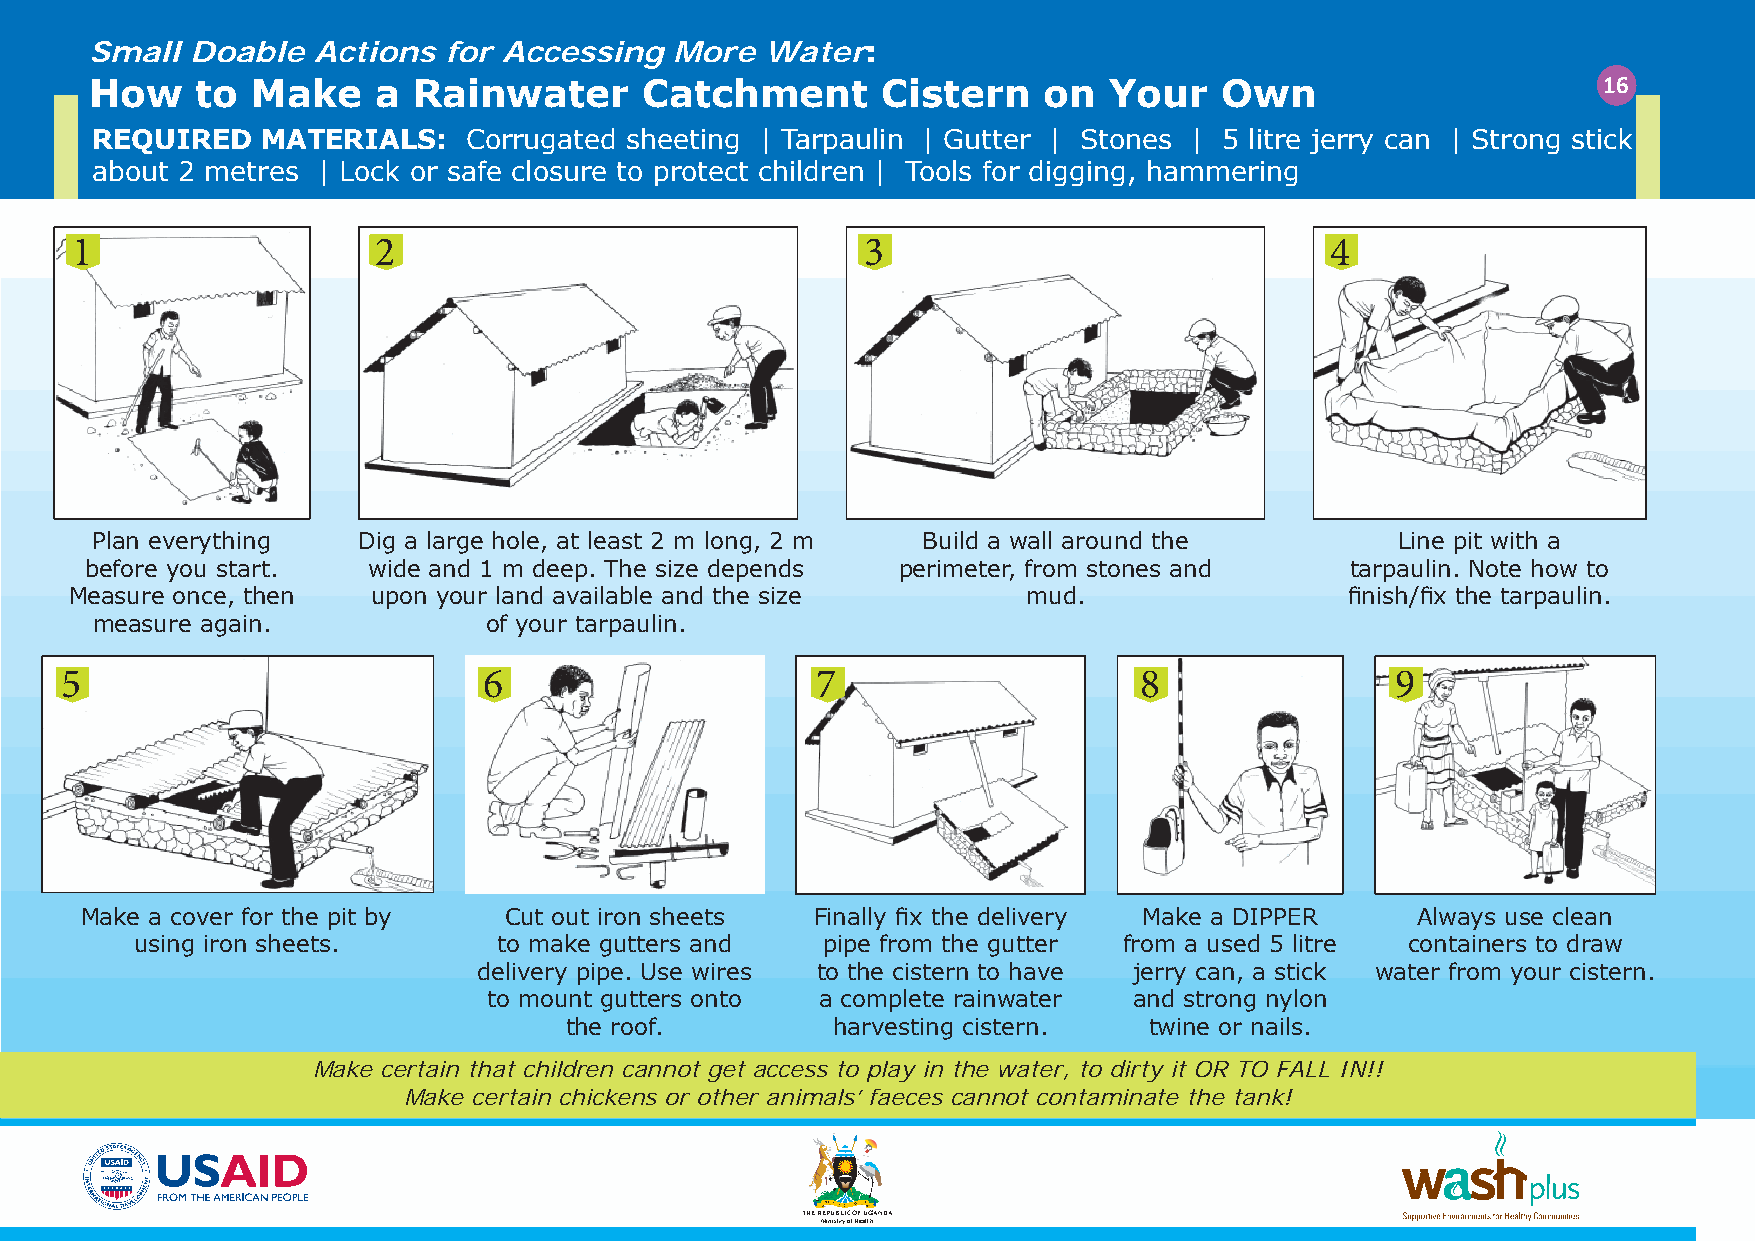
Small  Doable  Actions for Accessing   More  Water:
 How    to  Make    a Rainwater       Catchment      Cistern    on  Your    Own                      16
 REQUIRED   MATERIALS:    Corrugated sheeting | Tarpaulin | Gutter | Stones | 5 litre jerry can | Strong stick
 about 2 metres | Lock or safe closure to protect children | Tools for digging, hammering
 1                   2                               3                              4
 Plan everything   Dig a large hole, at least 2 m long, 2 m Build a wall around the     Line pit with a
 before you start. wide and 1 m deep. The size depends perimeter, from stones and   tarpaulin. Note how to
 Measure once, then  upon your land available and the size      mud.                 fi nish/fi x the tarpaulin.
 measure again.            of your tarpaulin.
 5                           6                     7                    8                9
 Make a cover for the pit by Cut out iron sheets  Finally fi x the delivery Make a DIPPER Always use clean
 using iron sheets.      to make gutters and  pipe from the gutter from a used 5 litre containers to draw
 delivery pipe. Use wires to the cistern to have jerry can, a stick water from your cistern.
 to mount gutters onto a complete rainwater and strong nylon
 the roof.         harvesting cistern.  twine or nails.
 Make certain that children cannot get access to play in the water, to dirty it OR TO FALL IN!!
 Make certain chickens or other animals’ faeces cannot contaminate the tank!
 THE REPUBLIC OF UGANDA
 Ministry of Health